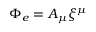
\Phi _ { e } = A _ { \mu } \xi ^ { \mu }